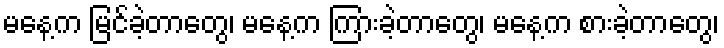
မနေ့က မြင်ခဲ့တာတွေ၊ မနေ့က ကြားခဲ့တာတွေ၊ မနေ့က စားခဲ့တာတွေ၊